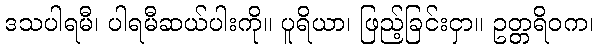
ဒသပါရမီ၊ ပါရမီဆယ်ပါးကို။ ပူရိယာ၊ ဖြည့်ခြင်းငှာ။ ဥတ္တရိဝက၊